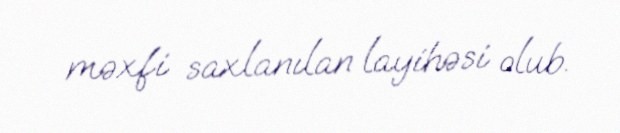
məxfi saxlanılan layihəsi olub.